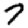
Digit: 7